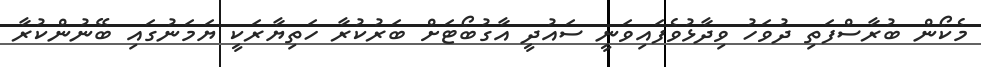
މެކޯން ބުރާސްފަތި ދުވަހު ވިދާޅުވެފައިވަނީ ސައުދީ އާގުބޯޓަށް ބަރުކުރާ ހަތިޔާރަކީ ޔަމަނުގައި ބޭނުންކުރާ